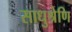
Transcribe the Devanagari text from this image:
साधुश्रेणि